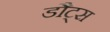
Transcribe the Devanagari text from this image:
डौट्स